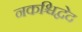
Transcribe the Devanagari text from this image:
नकश्चिद्वेद